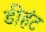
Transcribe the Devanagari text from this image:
डीहंट